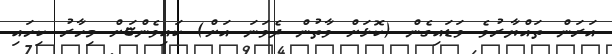
އަރަން ތައްޔާރުވެ ވަޑައިގެން (ކޮޅަށް ވާތުން ދެވަނަ އަށް) ކައިވެންޏަށް މިހާރު ކިހައި